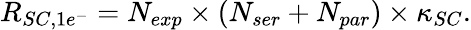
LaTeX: R_{SC,1e^{-}}=N_{exp}\times(N_{ser}+N_{par})\times\kappa_{SC}.